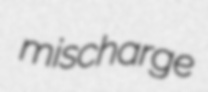
mischarge